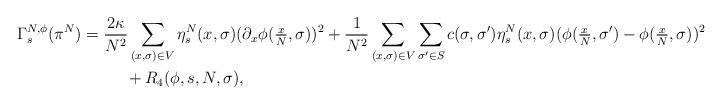
LaTeX: \begin{align*} \Gamma_{s}^{N,\phi}(\pi^N) &= \frac{2\kappa}{N^2} \sum_{(x,\sigma) \in V}\eta^N_s(x,\sigma) (\partial_x\phi(\tfrac{x}{N},\sigma))^2 +\frac{1}{N^2} \sum_{(x,\sigma)\in V}\sum_{\sigma'\in S} c(\sigma,\sigma')\eta^N_s(x,\sigma)(\phi(\tfrac{x}{N},\sigma')-\phi(\tfrac{x}{N},\sigma))^2\\ &\ \ \ \ \ \ \ \ + R_4(\phi,s,N,\sigma),\end{align*}